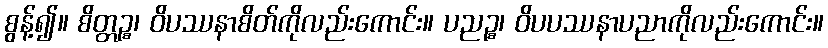
စွန့်၍။ စိတ္တဉ္စ၊ ဝိပဿနာစိတ်ကိုလည်းကောင်း။ ပညဉ္စ၊ ဝိပပဿနာပညာကိုလည်းကောင်း။